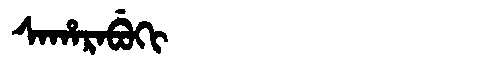
Manchu: ᠰᠠᡥᠠᡵᠠᠪᡠᡴᡳ
Romanization: SAHARABUKI